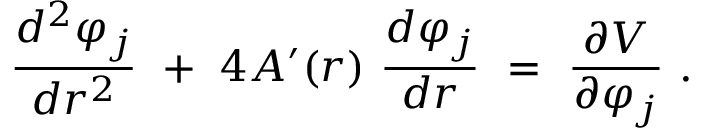
{ \frac { d ^ { 2 } \varphi _ { j } } { d r ^ { 2 } } } ~ + ~ 4 A ^ { \prime } ( r ) ~ { \frac { d \varphi _ { j } } { d r } } ~ = ~ { \frac { \partial V } { \partial \varphi _ { j } } } \ .